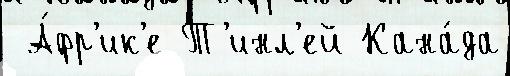
 А́фр'ик'е Т'инл'ей Кана́да